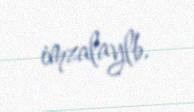
imzalaylb.